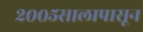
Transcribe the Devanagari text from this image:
२००५सालापासून